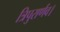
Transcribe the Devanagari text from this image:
त्रिपुरार्णव।